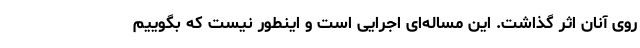
روی آنان اثر گذاشت. این مساله‌ای اجرایی است و اینطور نیست که بگوییم